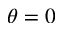
\theta = 0